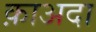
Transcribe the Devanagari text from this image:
क़ाअदा